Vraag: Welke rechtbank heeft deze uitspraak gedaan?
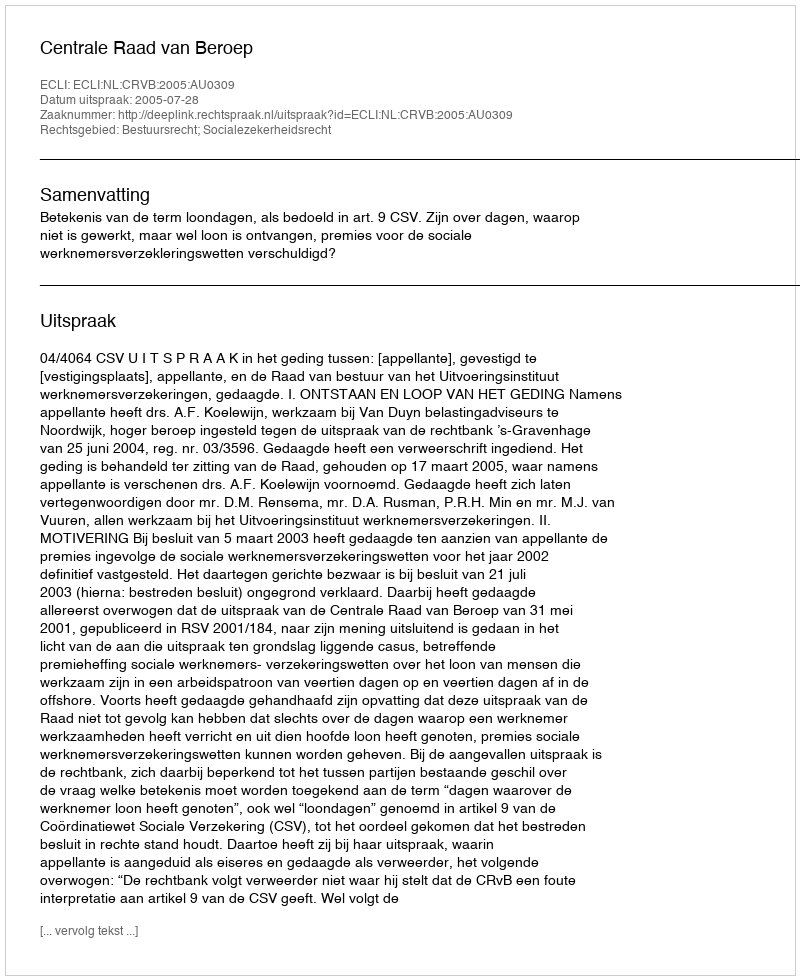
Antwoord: Centrale Raad van Beroep